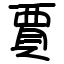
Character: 賈